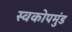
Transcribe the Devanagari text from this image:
स्वकोपमुंड